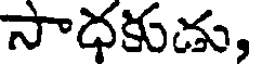
సాధకుడు,